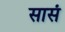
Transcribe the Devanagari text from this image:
सासं